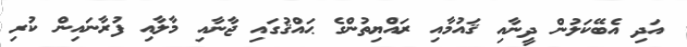
އަދި އެބޭކަލުން ދީނާއި ޤައުމާއި ރައްޔިތުންގެ ޙައްޤުގައި ޖާނާއި މާލާއި ފުރާނައިން ކުރި